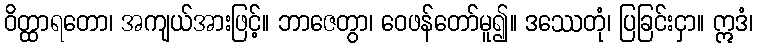
ဝိတ္ထာရတော၊ အကျယ်အားဖြင့်။ ဘာဇေတွာ၊ ဝေဖန်တော်မူ၍။ ဒဿေတုံ၊ ပြခြင်းငှာ။ ဣဒံ၊